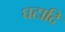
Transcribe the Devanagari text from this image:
घटादि